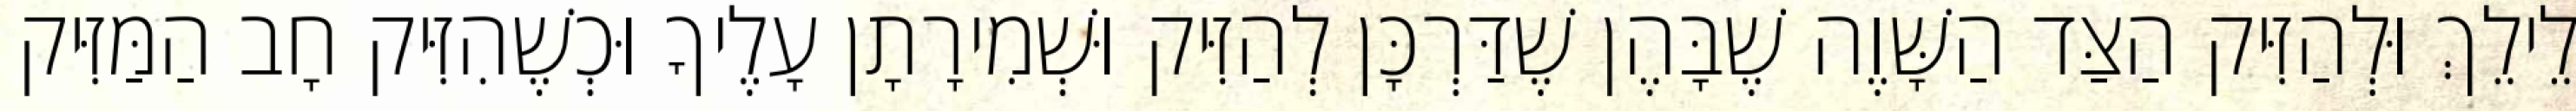
לֵילֵךְ וּלְהַזִּיק הַצַּד הַשָּׁוֶה שֶׁבָּהֶן שֶׁדַּרְכָּן לְהַזִּיק וּשְׁמִירָתָן עָלֶיךָ וּכְשֶׁהִזִּיק חָב הַמַּזִּיק